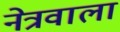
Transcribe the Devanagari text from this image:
नेत्रवाला